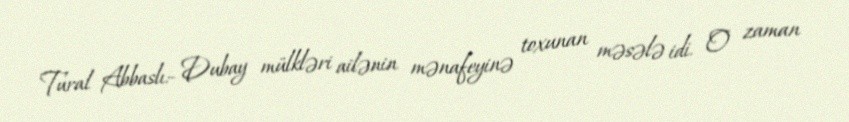
Tural Abbaslı:- Dubay mülkləri ailənin mənafeyinə toxunan məsələ idi. O zaman